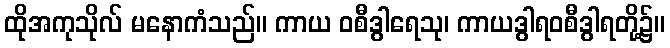
ထိုအကုသိုလ် မနောကံသည်။ ကာယ ဝစီဒွါရေသု၊ ကာယဒွါရဝစီဒွါရတို့၌။